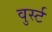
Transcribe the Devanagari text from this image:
वुर्स्ट